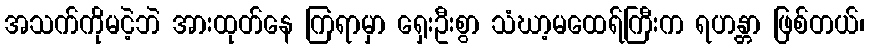
အသက်ကိုမငဲ့ဘဲ အားထုတ်နေ ကြရာမှာ ရှေးဦးစွာ သံဃာ့မထေရ်ကြီးက ရဟန္တာ ဖြစ်တယ်၊